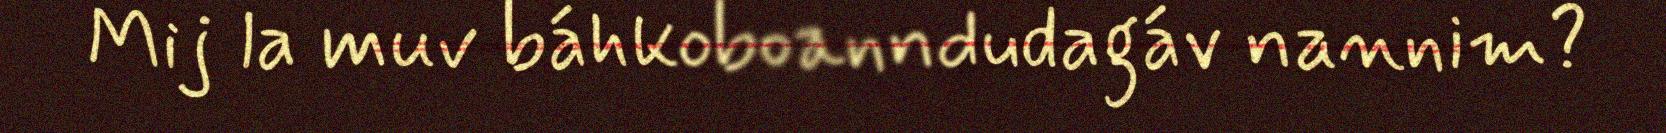
Mij la muv báhkoboanndudagáv nannim?